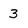
Character: 3